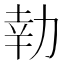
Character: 𭄬